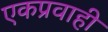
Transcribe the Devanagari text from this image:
एकप्रवाही